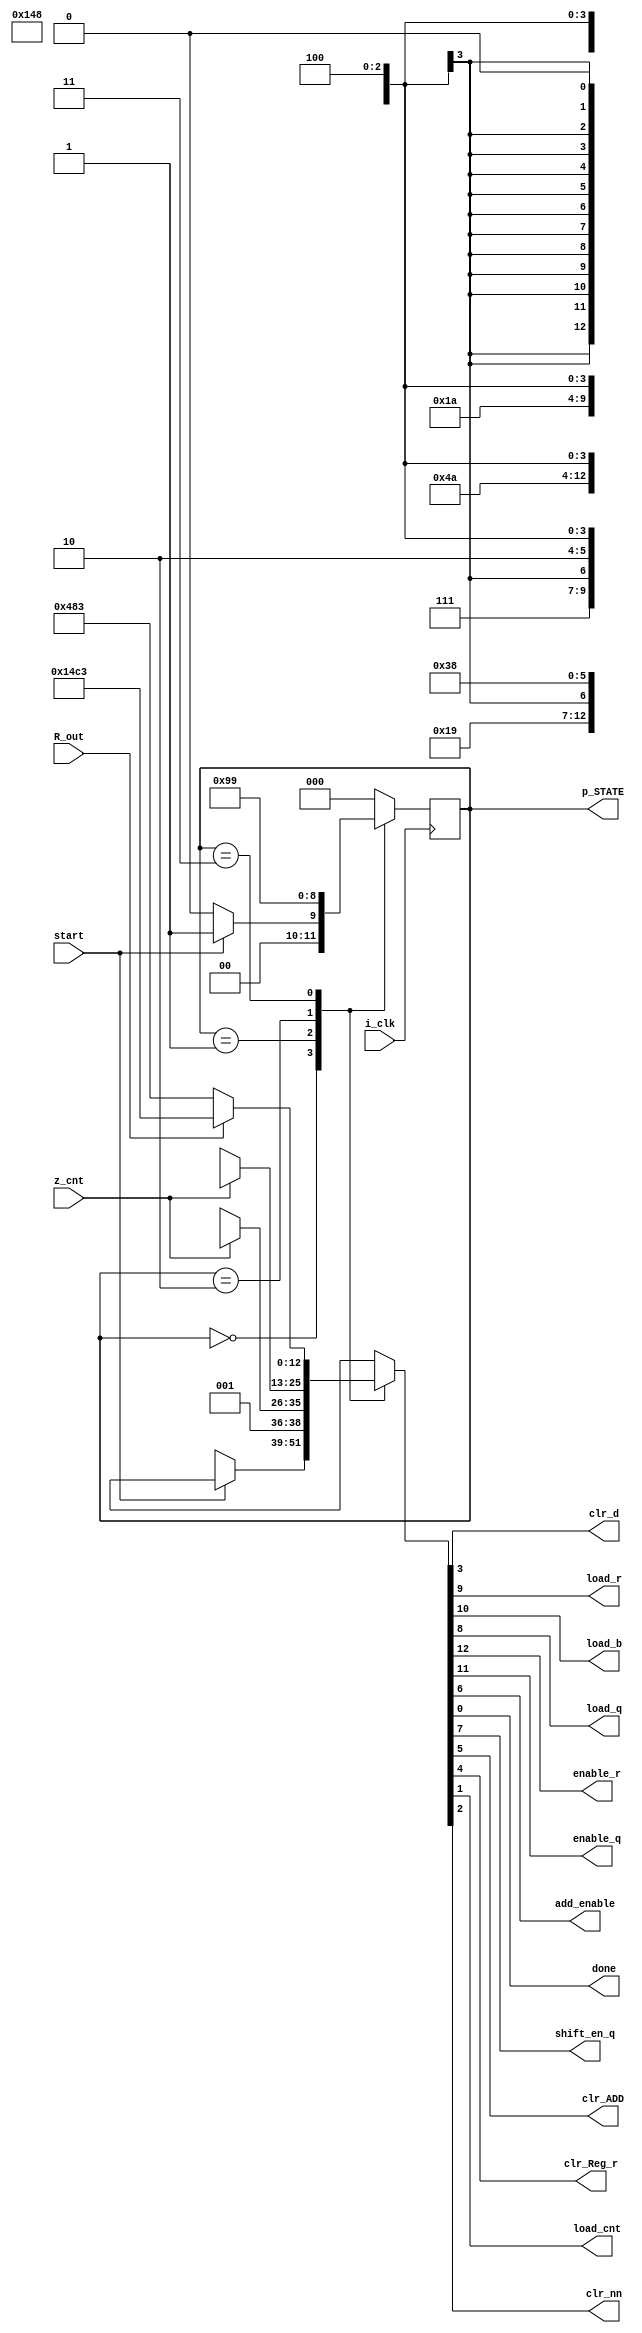
`timescale 1ns / 1ps
//////////////////////////////////////////////////////////////////////////////////
// Company: 
// Engineer: 
// 
// Design Name: 
// Module Name: CONTROLLER
// Project Name: 
// Target Devices: 
// Tool Versions: 
// Description: 
// 
// Dependencies: 
// 
// Revision:
// Revision 0.01 - File Created
// Additional Comments:
// 
//////////////////////////////////////////////////////////////////////////////////
`define S0 3'b000
`define S1 3'b001
`define S2 3'b010
`define S3 3'b011
`define STATE_WIDTH 3
module CONTROLLER(
i_clk, 
clr_d , 
start,
load_r ,
load_b ,
load_q ,
R_out, 
enable_r ,
enable_q , 
p_STATE ,
add_enable , 
done , 
shift_en_q ,
clr_ADD , 
clr_Reg_r , 
load_cnt , 
z_cnt , 
clr_nn);

input i_clk ;
input start ;
input R_out ;    
input z_cnt ;
output  load_r ;
output  load_b ;
output  load_q ;
output  enable_r ;
output  enable_q;
output shift_en_q ;
output  clr_ADD ;
output clr_nn ;
output clr_Reg_r ;
output  done ;
output  add_enable ;
output clr_d ;
output load_cnt ;
reg [12:0] CV ;
assign enable_r     =   CV[12];
assign enable_q     =   CV[11];
assign load_b       =   CV[10] ;
assign load_r       =   CV[9];
assign load_q       =   CV[8] ;
assign shift_en_q   =   CV[7];
assign add_enable   =   CV[6];
assign  clr_ADD     =   CV[5];
assign clr_Reg_r    =   CV[4] ;
assign clr_d        =   CV[3] ;
assign clr_nn       =   CV[2];
assign load_cnt     =   CV[1];
assign done         =   CV[0];

output reg [`STATE_WIDTH-1:0] p_STATE ;

///data register ////
 

  always @ ( posedge i_clk)
      begin
     case (p_STATE)
    `S0: begin
           if (start==1)
                   p_STATE <= `S1;
               else
                   p_STATE <= `S0;
             end
     `S1 : begin
                 p_STATE <= `S2 ; 
               end
       `S2 : begin
                 p_STATE <= `S3 ; 
               end
      `S3 :   begin
                     p_STATE <= `S1;
                      end   
     
                                                              
        default : begin
                 p_STATE <= `S0 ;
                   end
           endcase         
         end                     
 
 always@ (p_STATE , R_out  ,start , z_cnt )
    begin
       case(p_STATE)
       `S0 : begin 
                if(start==1'b1)
                begin
             CV = 13'b01100_1x111000;
                end
                 else
                 begin
             CV = 13'bxxxxx_xxxxxxx0;
                 end   
             end              
       `S1 : begin   
                     if (z_cnt ==1'b1)
                       begin
                          CV = 13'b00101_1010x100;
                          end
                        else  
                          begin
                     CV = 13'b00111_1x10x100; 
                 
                     end
                     end
        `S2 : begin   
                      if (z_cnt ==1'b1)
                       begin
                          CV = 13'b00100_1010x100;
                          end
                          else
                    begin 
                     CV = 13'b10100_1000x100; 
                            end      
                end     
       `S3: begin            
                if(R_out==1) begin
                       CV = 13'b10100_11000011; 
                         end
                 else   begin
                    
                        CV = 13'b00100_10000011;
                       
       end
       end   
           default : begin   CV = 13'b01100_1x111000;
                        
                             end
           
         endcase
      end   
 endmodule